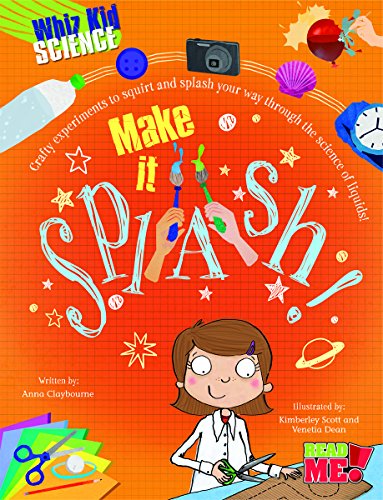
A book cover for Make It Splash! (Whiz Kid Science); Anna Claybourne; Children's Books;